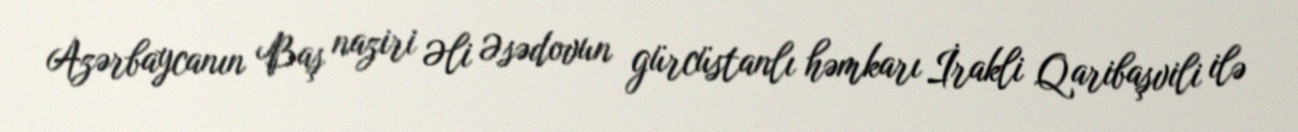
Azərbaycanın Baş naziri Əli Əsədovun gürcüstanlı həmkarı İrakli Qaribaşvili ilə